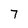
Character: 7